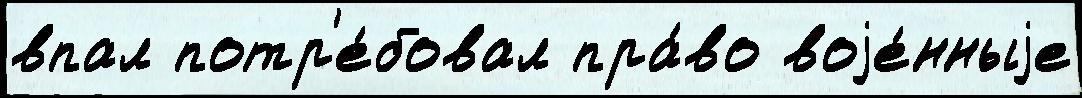
впал потр'е́бовал пра́во воjе́нныjе